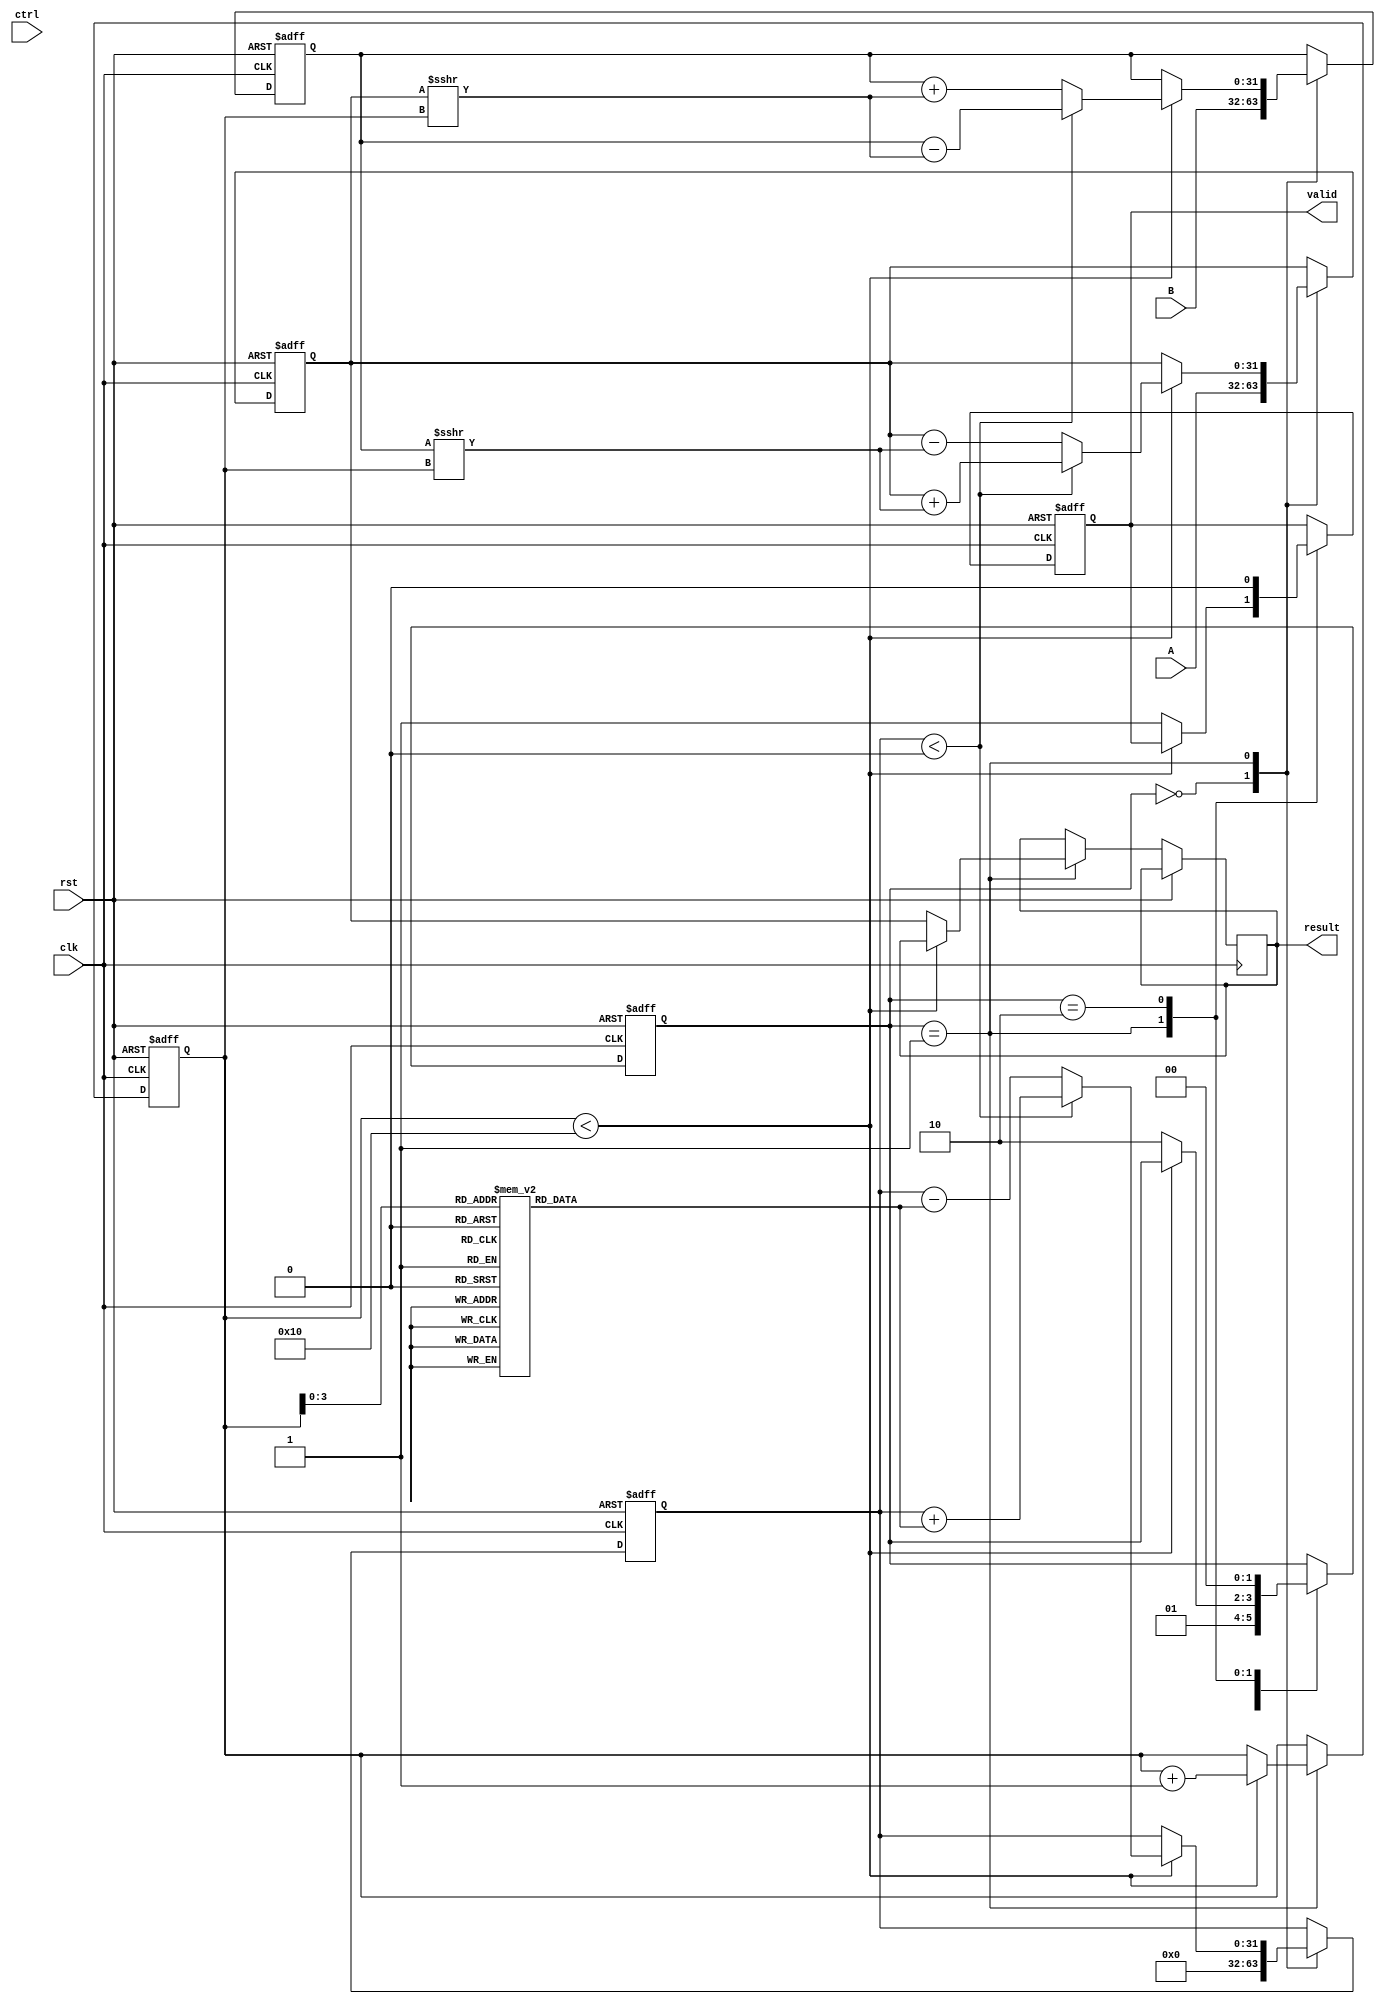
module CORDIC (
    input wire clk,
    input wire rst,
    input wire [31:0] A, // Input operand A (IEEE 754 single precision)
    input wire [31:0] B, // Input operand B (IEEE 754 single precision)
    input wire [2:0] ctrl, // Control signal for operation
    output reg [31:0] result, // Result output
    output reg valid // Valid signal for output
);

    // Constants
    parameter NUM_ITERATIONS = 16;
    reg signed [31:0] x, y, z; // CORDIC variables
    reg signed [31:0] angle_table [0:NUM_ITERATIONS-1]; // Rotation angle table
    reg [4:0] i; // Iteration counter
    reg [1:0] state; // State machine for control

    // Initialize angle table (in radians, scaled)
    initial begin
        angle_table[0] = 32'h00000000; // 0
        angle_table[1] = 32'h20000000; // /4
        angle_table[2] = 32'h1C71C71C; // /8
        angle_table[3] = 32'h186A09E1; // /16
        // Add more angles as needed...
    end

    // State machine for operation control
    always @(posedge clk or posedge rst) begin
        if (rst) begin
            state <= 0;
            valid <= 0;
            i <= 0;
            x <= 32'h00000000; // Initialize x
            y <= 32'h00000000; // Initialize y
            z <= 32'h00000000; // Initialize z
        end else begin
            case (state)
                0: begin // Initialization
                    // Load inputs based on control signal
                    x <= A; // Load A into x
                    y <= B; // Load B into y
                    z <= 32'h00000000; // Initialize z
                    state <= 1;
                end
                1: begin // CORDIC iterations
                    if (i < NUM_ITERATIONS) begin
                        // Determine direction based on z
                        if (z < 0) begin
                            x <= x + (y >>> i); // Right rotation
                            y <= y - (x >>> i);
                            z <= z + angle_table[i];
                        end else begin
                            x <= x - (y >>> i); // Left rotation
                            y <= y + (x >>> i);
                            z <= z - angle_table[i];
                        end
                        i <= i + 1;
                    end else begin
                        // Finished iterations
                        result <= {x[31], x[30:0]}; // Output result (example)
                        valid <= 1;
                        state <= 2; // Move to output state
                    end
                end
                2: begin // Output state
                    // Wait for the next operation
                    valid <= 0;
                    state <= 0; // Reset to initialization
                end
            endcase
        end
    end

endmodule